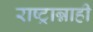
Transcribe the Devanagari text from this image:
राष्ट्रान्नाही